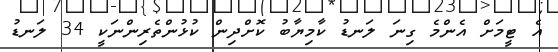
އެ ޓީމަށް އެންމެ ގިނަ ލަނޑު ކާމިޔާބު ކޮށްދިން ކުޅުންތެރިންނަކީ 34 ލަނޑު